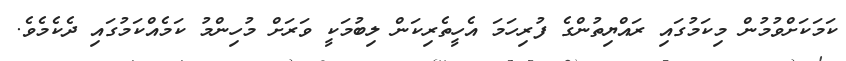
ކަމަކަށްވުމުން މިކަމުގައި ރައްޔިތުންގެ ފުރިހަމަ އެހީތެރިކަން ލިބުމަކީ ވަރަށް މުހިންމު ކަމެއްކަމުގައި ދެކެމެވެ.